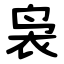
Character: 袅